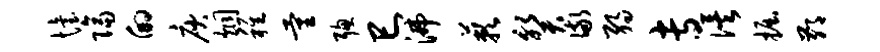
怡隔的庾炯稚量聪巳沸蔌癸儆弱专俟掘鄙